Report on vaccination in the Province of Bengal - 1874-1889
Year: 1874
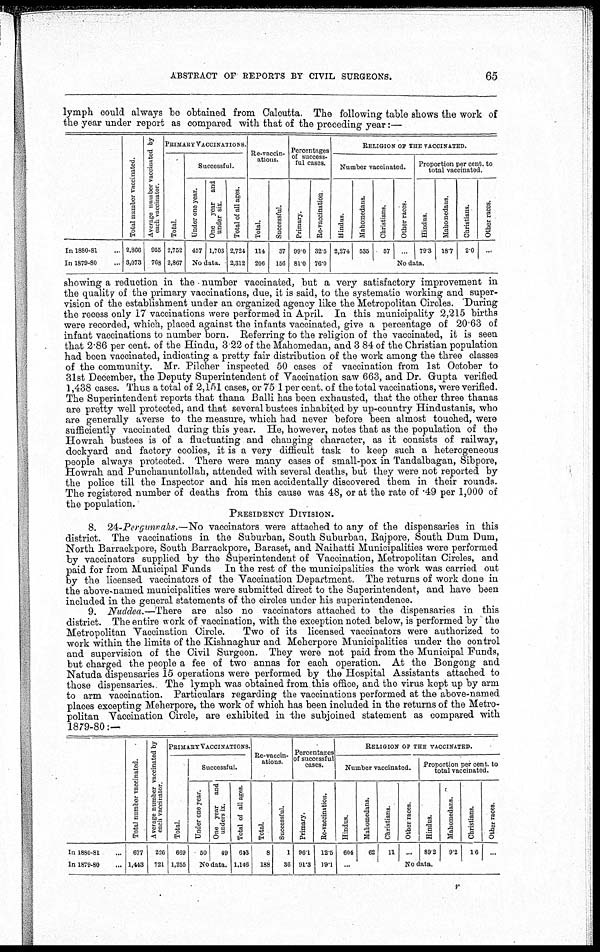
ABSTRACT OF REPORTS BY CIVIL SURGEONS.
65
lymph could always be obtained from Calcutta. The following table shows the work of
the year under report as compared with that of the preceding year:—
In 1880-81...
In 1879-80...
Total number vaccinated.
2,866
3,073
Average number vaccinated by
each vaccinator.
955
768
PRIMARY VACCINATIONS.
Total.
2,752
2,867
Successful.
Under one year.
457
One year
and
under six.
1,703
No data.
Total of all ages.
2,724
2,312
Re-vaccin-
ations.
Total.
114
206
Successful.
37
156
Percentages
of success-
ful cases.
Primary.
99.0
81.0
Re-vaccination.
32.5
76.0
RELIGION OF THE VACCINATED.
Number vaccinated.
Hindus.
2,274
Mahomedans.
535
Christians.
57
Other races.
...
Proportion per cent. to
total vaccinated.
Hindus.
79.3
Mahomedans.
18.7
Christians.
2.0
Other races.
...
No data.
showing a reduction in the number vaccinated, but a very satisfactory improvement in
the quality of the primary vaccinations, due, it is said, to the systematic working and super-
vision of the establishment under an organized agency like the Metropolitan Circles. During
the recess only 17 vaccinations were performed in April. In this municipality 2,215 births
were recorded, which, placed against the infants vaccinated, give a percentage of 20.63 of
infant vaccinations to number born. Referring to the religion of the vaccinated, it is seen
that 2.86 per cent. of the Hindu, 3 22 of the Mahomedan, and 3 84 of the Christian population
had been vaccinated, indicating a pretty fair distribution of the work among the three classes
of the community. Mr. Pilcher inspected 50 cases of vaccination from 1st October to
31st December, the Deputy Superintendent of Vaccination saw 663, and Dr. Gupta verified
1,438 cases. Thus a total of 2,151 cases, or 75 1 per cent. of the total vaccinations, were verified.
The Superintendent reports that thana Balli has been exhausted, that the other three thanas
are pretty well protected, and that several bustees inhabited by up-country Hindustanis, who
are generally averse to the measure, which had never before been almost touched, were
sufficiently vaccinated during this year. He, however, notes that as the population of the
Howrah bustees is of a fluctuating and changing character, as it consists of railway,
dockyard and factory coolies, it is a very difficult task to keep such a heterogeneous
people always protected. There were many cases of small-pox in Tandalbagan, Sibpore,
Howrah and Punchanuntollah, attended with several deaths, but they were not reported by
the police till the Inspector and his men accidentally discovered them in their rounds.
The registered number of deaths from this cause was 48, or at the rate of .49 per 1,000 of
the population.
PRESIDENCY DIVISION.
8. 24-Pergunnahs.—No vaccinators were attached to any of the dispensaries in this
district. The vaccinations in the Suburban, South Suburban, Rajpore, South Dum Dum,
North Barrackpore, South Barrackpore, Baraset, and Naihatti Municipalities were performed
by vaccinators supplied by the Superintendent of Vaccination, Metropolitan Circles, and
paid for from Municipal Funds In the rest of the municipalities the work was carried out
by the licensed vaccinators of the Vaccination Department. The returns of work done in
the above-named municipalities were submitted direct to the Superintendent, and have been
included in the general statements of the circles under his superintendence.
9. Nuddea.—There are also no vaccinators attached to the dispensaries in this
district. The entire work of vaccination, with the exception noted below, is performed by the
Metropolitan Vaccination Circle.
Two of its licensed vaccinators were authorized to
work within the limits of the Kishnaghur and Meherpore Municipalities under the control
and supervision of the Civil Surgeon. They were not paid from the Municipal Funds,
but charged the people a fee of two annas for each operation. At the Bongong and
Natuda dispensaries 15 operations were performed by the Hospital Assistants attached to
those dispensaries. The lymph was obtained from this office, and the virus kept up by arm
to arm vaccination. Particulars regarding the vaccinations performed at the above-named
places excepting Meherpore, the work of which has been included in the returns of the Metro-
politan Vaccination Circle, are exhibited in the subjoined statement as compared with
1879-80:—
In 1880-81...
In 1879-80...
Total number vaccinated.
677
1,443
Average number vaccinated by
each vaccinator.
226
721
PRIMARY VACCINATIONS.
Total.
669
1,255
Successful.
Under one year.
50
One year
and
unders ix.
49
No data.
Total of all ages.
643
1,146
Re-vaccin-
ations.
Total.
8
188
Successful.
1
36
Percentages
of successful
cases.
Primary.
96.1
91.3
Re-vaccination.
12.5
19.1
RELIGION OF THE VACCINATED.
Number vaccinated.
Hindus.
604
...
Mahomedans.
62
Christians.
11
Other races.
Proportion per cent. to
total vaccinated.
Hindus.
... 89.2
Mahomedans.
9.2
Christians.
Other races.
...
No data.
r